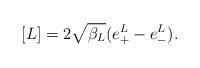
LaTeX: \begin{align*} [L] = 2\sqrt{\beta_{L}} ( e^{L} _{+}-e^{L} _{-}) . \end{align*}